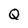
Character: Q